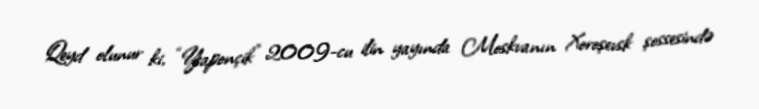
Qeyd olunur ki, “Yaponçik” 2009-cu ilin yayında Moskvanın Xoroşevsk şossesində